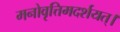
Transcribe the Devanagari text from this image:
मनोवृत्तिमदर्शयत्।